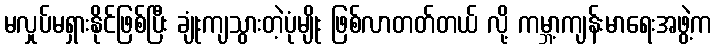
မလှုပ်မရှားနိုင်ဖြစ်ပြီး ချုံးကျသွားတဲ့ပုံမျိုး ဖြစ်လာတတ်တယ် လို့ ကမ္ဘာ့ကျန်းမာရေးအဖွဲ့က